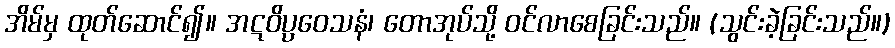
အိမ်မှ ထုတ်ဆောင်၍။ အဋဝိပ္ပဝေသနံ၊ တောအုပ်သို့ ဝင်လာစေခြင်းသည်။ (သွင်းခဲ့ခြင်းသည်။)